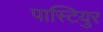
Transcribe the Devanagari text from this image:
पास्टियुर